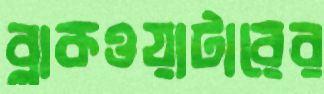
ব্লাকওয়াটারের